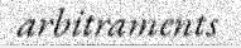
arbitraments